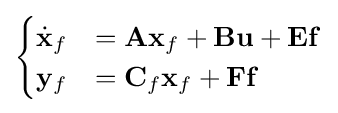
{\begin{cases}{\dot {\mathbf {x} }}_{f}&=\mathbf {A} \mathbf {x} _{f}+\mathbf {B} \mathbf {u} +\mathbf {E} \mathbf {f} \\\mathbf {y} _{f}&=\mathbf {C} _{f}\mathbf {x} _{f}+\mathbf {F} \mathbf {f} \end{cases}}